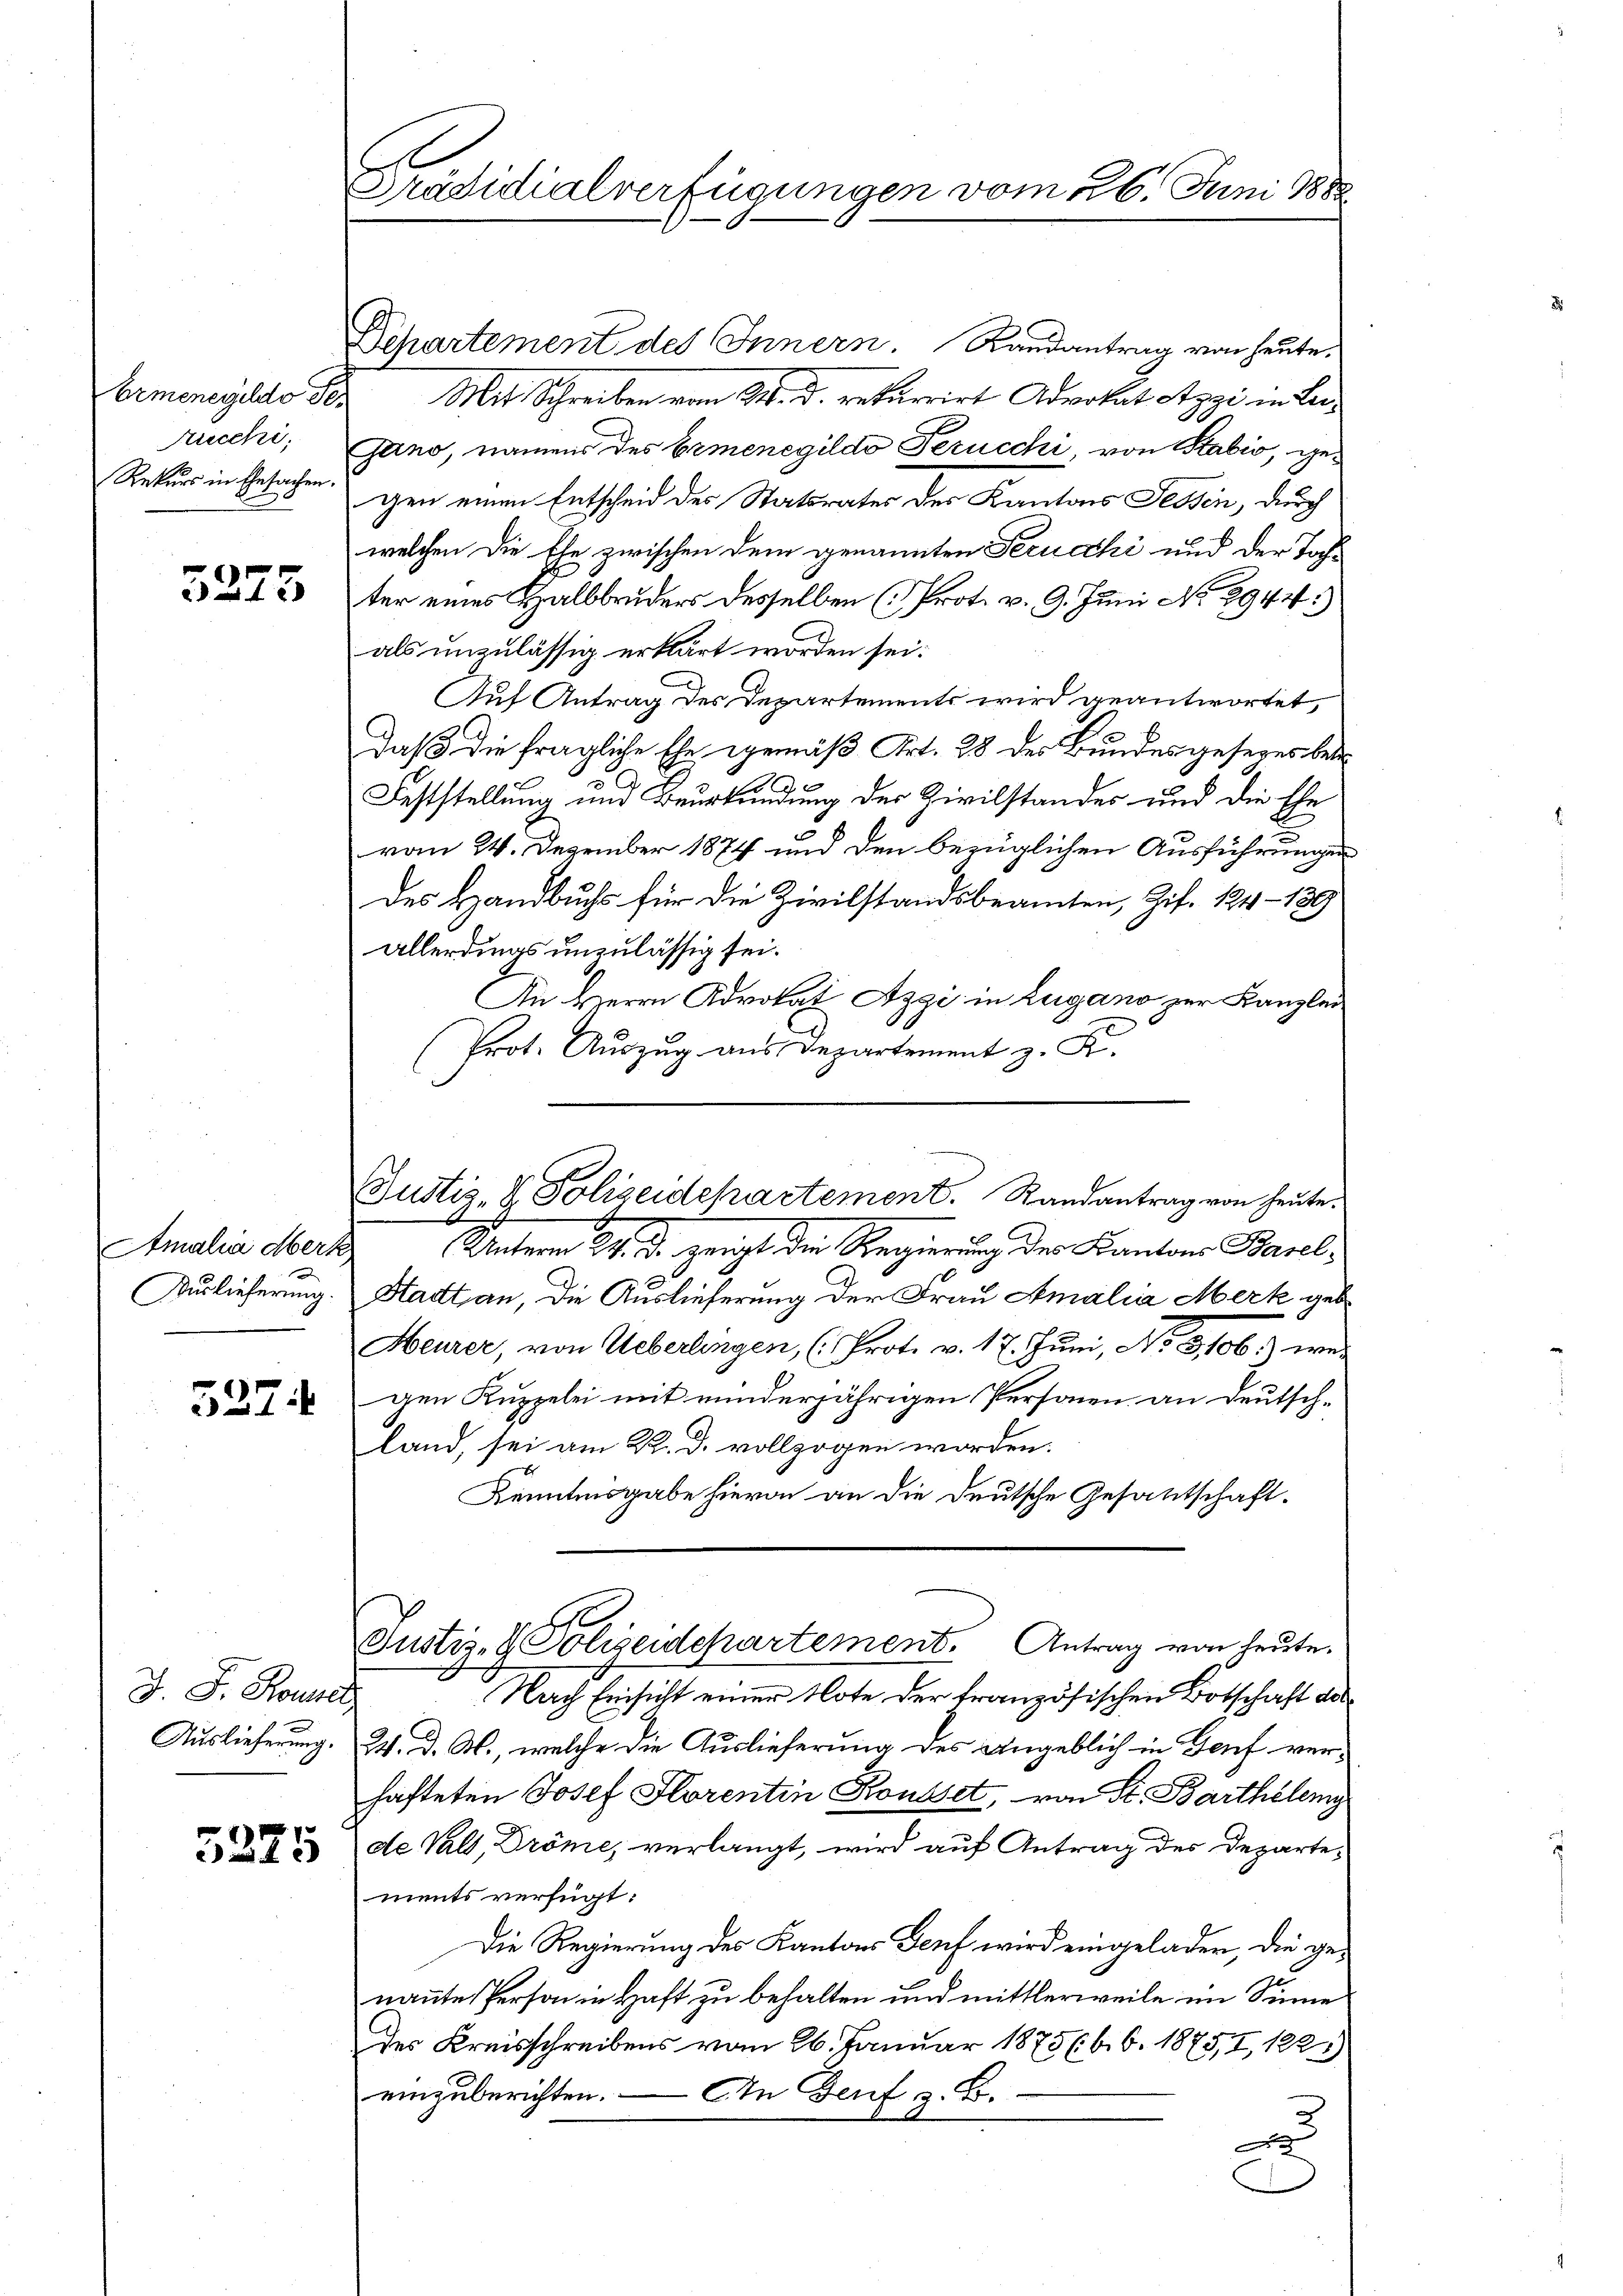
Aucchi,
Rekurs in Ehesachen.

5275

Amalia Merk
Auslieferung

527.

J. F. Rouse,
Auslieferung.

5275

Präsidialverfügungen vom 26. Juni 1888

Departement des Innern. Randantrag von heute.
Ermenegildo der Mit Schreiben vom 14. d. rekurrirt Advokat Atzzi in Lei¬
Gano, namens des Ermenegildo Perucchi, von Sabić, gegen einen Entscheid des Statsrates des Kantons Fessen, durch
welchen die Ehe zwischen dem genannten Terucchi und der Tochter eines Halbbruders desselben (Prot. v. 9. Juni No 2944.)
als unzulässig erklärt worden sei.
Auf Antrag des Departements wird geantwortet,
Daß die fragliche Ehe gemäß Art. 28 der Bundes gesezes betr
Feststellung und Beurkundung der Zivilstandes und die Ehe
vom 24. Dezember 1874 und den bezüglichen Ausführungen
des Handbuchs für die Zivilstandsbeamten, Zif. 124 - 189
allerdings unzulässig sei.
An Herrn Advokat Azgi in Lugano zur Kanzlei
Prot. Auszug aus Departement z. B.
Unterm 24. d. zeigt der Regierung der Kantons Basel,
Stadt an, die Auslieferung der Frau Amalia Merk geb
Heurer, von Ueberlingen, (Prot. v. 17. Juni, No 3,106) wei
gen Kuppelei mit minderjährigen Personen an Deutschland, sei am R. d. vollzogen worden.
Kenntnisgabe hievon an die Deutsche Gesandtschaft.
Justiz- & Polizeidepartement. Antrag von heute.
Nach Einsicht einer Note der französischen Botschaft des
24. d. M., welche die Auslieferung des angeblich in Genf verhafteten Josef Florentin Rousset, von St. Barthèlemy
de Vals, Dröme, verlangt, wird auf Antrag des Departe-
ments verfügt:
Die Regierung des Kantons Genf wird eingeladen, die genannte Person in Haft zu behalten und mittlerweile im Sinne
des Kreisschreibens vom 26. Januar 1875 (6. 6. 1875, I, 1225)
einzuberichten. — In Genf z. B.
d
d

Justiz- & Polizeidepartement. Randantrag von heute.